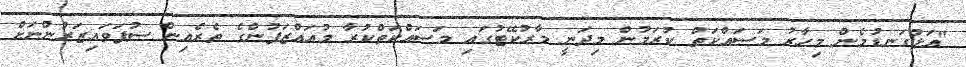
"އަޅުގަނޑުމެން މިހާރު މަަސައްކަތް ކުރަމުން މިދަނީ މާރުކޭޓުގައި މަސައްކަތްކުރާ މުއައްޒަފުންގެ ތެރެއިން ސުޕަވައިޒަރުންނަށް